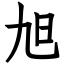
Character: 旭